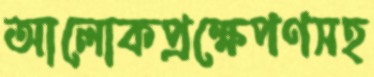
আলোকপ্রক্ষেপণসহ